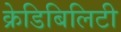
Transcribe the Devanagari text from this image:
क्रेडिबिलिटी